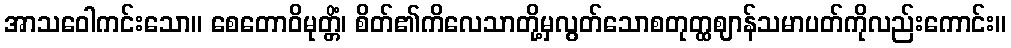
အာသဝေါကင်းသော။ စေတောဝိမုတ္တိံ၊ စိတ်၏ကိလေသာတို့မှလွတ်သောစတုတ္ထဈာန်သမာပတ်ကိုလည်းကောင်း။